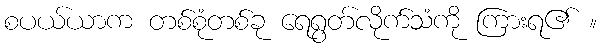
စပယ်ယာက တစ်စုံတစ်ခု ရေရွတ်လိုက်သံကို ကြားရ၏ ။